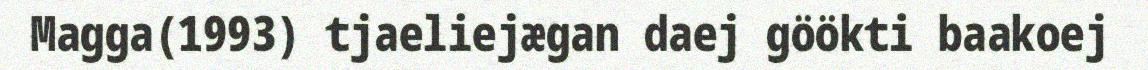
Magga(1993) tjaeliejægan daej göökti baakoej